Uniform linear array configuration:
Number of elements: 64
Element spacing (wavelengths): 0.25
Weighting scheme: hamming
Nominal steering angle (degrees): -30
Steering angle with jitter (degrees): -29.344
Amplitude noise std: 0.05
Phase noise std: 0.05

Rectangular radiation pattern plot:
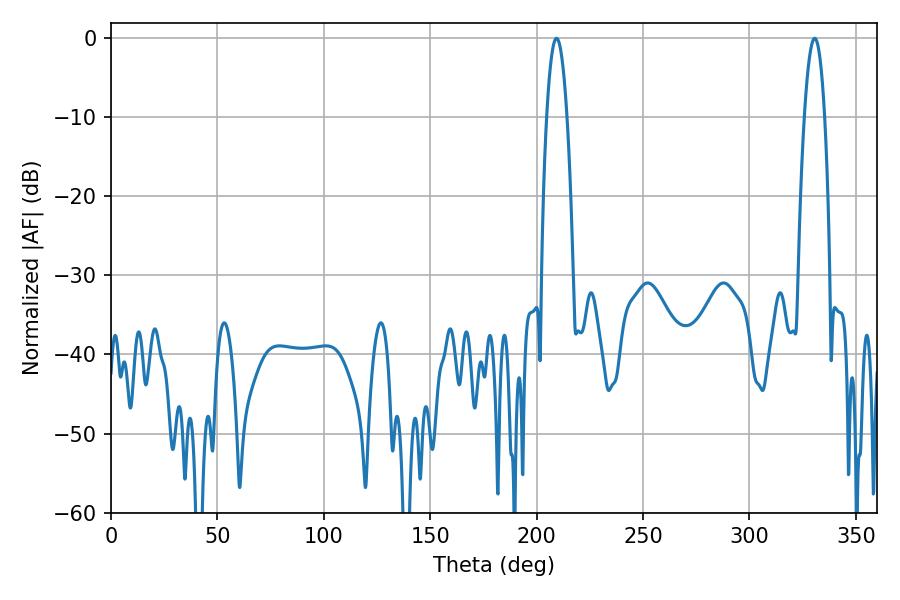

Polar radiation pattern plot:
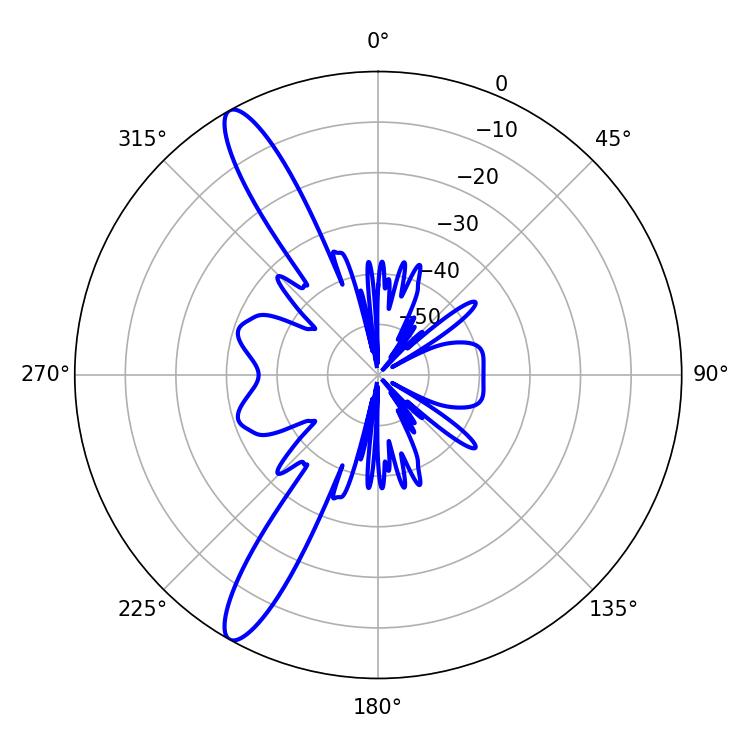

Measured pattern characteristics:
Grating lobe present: FALSE
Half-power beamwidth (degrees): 5.22
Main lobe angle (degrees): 209.34